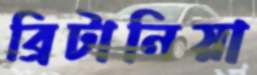
ব্রিটানিয়া